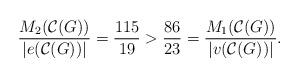
LaTeX: \begin{align*}\frac{M_{2}(\mathcal{C}(G))}{|e(\mathcal{C}(G))|}=\frac{115}{19} > \frac{86}{23} = \frac{M_{1}(\mathcal{C}(G))}{|v(\mathcal{C}(G))|}.\end{align*}